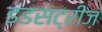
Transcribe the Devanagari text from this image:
इंडसट्रीज़